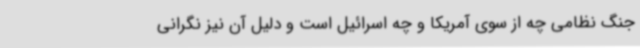
جنگ نظامی چه از سوی آمریکا و چه اسرائیل است و دلیل آن نیز نگرانی